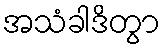
အသံခါဒိတွာ